Indian journal of veterinary science and animal husbandry - Volume 2,
Year: 1932
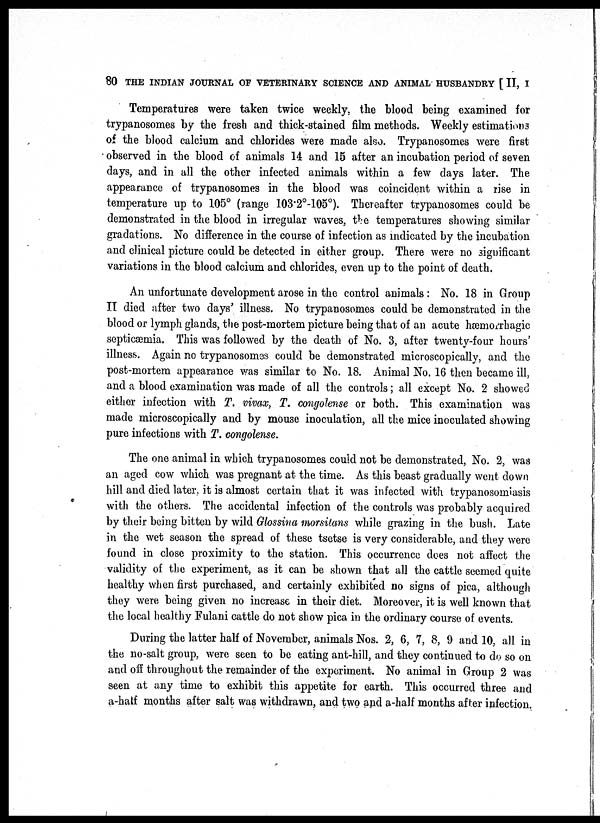
80 THE INDIAN JOURNAL OF VETERINARY SCIENCE AND ANIMAL HUSBANDRY [ II, I
Temperatures were taken twice weekly, the blood being examined for
trypanosomes by the fresh and thick-stained film methods. Weekly estimations
of the blood calcium and chlorides were made also. Trypanosomes were first
observed in the blood of animals 14 and 15 after an incubation period of seven
days, and in all the other infected animals within a few days later. The
appearance of trypanosomes in the blood was coincident within a rise in
temperature up to 105° (range 103.2°-105°). Thereafter trypanosomes could be
demonstrated in the blood in irregular waves, the temperatures showing similar
gradations. No difference in the course of infection as indicated by the incubation
and clinical picture could be detected in either group. There were no significant
variations in the blood calcium and chlorides, even up to the point of death.
An unfortunate development arose in the control animals: No. 18 in Group
II died after two days' illness. No trypanosomes could be demonstrated in the
blood or lymph glands, the post-mortem picture being that of an acute hæmorrbagic
septicæmia. This was followed by the death of No. 3, after twenty-four hours'
illness. Again no trypanosomes could be demonstrated microscopically, and the
post-mortem appearance was similar to No. 18. Animal No. 16 then became ill,
and a blood examination was made of all the controls; all except No. 2 showed
either infection with T. vivax, T. congolense or both. This examination was
made microscopically and by mouse inoculation, all the mice inoculated showing
pure infections with T. congolense.
The one animal in which trypanosomes could not be demonstrated, No. 2, was
an aged cow which was pregnant at the time. As this beast gradually went down
hill and died later, it is almost certain that it was infected with trypanosomiasis
with the others. The accidental infection of the controls was probably acquired
by their being bitten by wild Glossina morsitans while grazing in the bush. Late
in the wet season the spread of these tsetse is very considerable, and they were
found in close proximity to the station. This occurrence does not affect the
validity of the experiment, as it can be shown that all the cattle seemed quite
healthy when first purchased, and certainly exhibited no signs of pica, although
they were being given no increase in their diet. Moreover, it is well known that
the local healthy Fulani cattle do not show pica in the ordinary course of events.
During the latter half of November, animals Nos. 2, 6, 7, 8, 9 and 10, all in
the no-salt group, were seen to be eating ant-hill, and they continued to do so on
and off throughout the remainder of the experiment. No animal in Group 2 was
seen at any time to exhibit this appetite for earth. This occurred three and
a-half months after salt was withdrawn, and two and a-half months after infection.